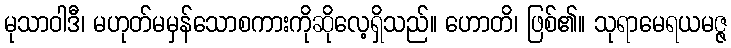
မုသာဝါဒီ၊ မဟုတ်မမှန်သောစကားကိုဆိုလေ့ရှိသည်။ ဟောတိ၊ ဖြစ်၏။ သုရာမေရယမဇ္ဇ